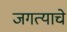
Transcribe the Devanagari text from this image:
जगत्याचे